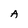
Character: A